Treatise on elephants
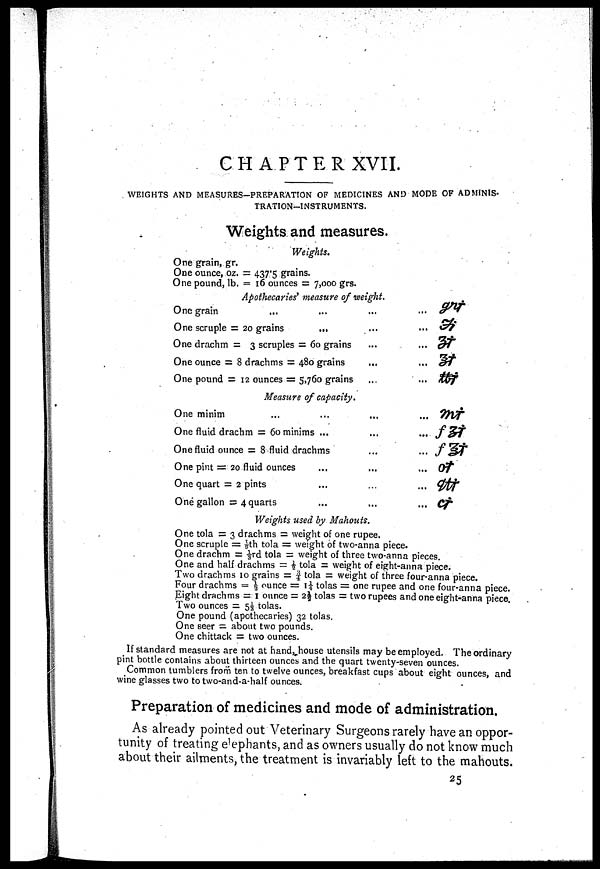
CHAPTER XVII.
WEIGHTS AND MEASURES-PREPARATION OF MEDICINES AND MODE OF ADMINIS-
TRATION-INSTRUMENTS.
Weights and measures.
Weights.
One grain, gr.
One ounce, oz. = 437·5 grains.
One pound, lb. = 16 ounces = 7,000 grs.
Apothecaries' measure of weight.
_.-. «
One grain
One scruple = 20 grains
...
One drachm = 3 scruples = 60 grains
One ounce = 8 drachms = 480 grains
One pound = 12 ounces = 5,760 grains
...
...
...
...
...
...
...
...
...
...
Measure of capacity.
One minim
One fluid drachm = 60 minims ...
One fluid ounce = 8 fluid drachms
One pint = 20 fluid ounces
One quart = 2 pints
One gallon = 4 quarts
...
...
...
...
...
...
...fst
... /st
... of
... 0tf
...
Weights used by Mahouts.
One tola = 3 drachms = weight of one rupee.
One scruple = 1/9 th tola = weight of two-anna piece.
One drachm = ⅓rd tola = weight of three two-anna pieces.
One and half drachms = ½ tola = weight of eight-anna piece.
Two drachms 10 grains = ¾ tola = weight of three four-anna piece.
Four drachms = ½ ounce = 1¼ tolas = one rupee and one four-anna piece.
Eight drachms = 1 ounce = 2½ tolas = two rupees and one eight-anna piece.
Two ounces = 5⅓ tolas.
One pound (apothecaries) 32 tolas.
One seer = about two pounds.
One chittack = two ounces.
If standard measures are not at hand, house utensils may be employed. The ordinary
pint bottle contains about thirteen ounces and the quart twenty-seven ounces.
Common tumblers from ten to twelve ounces, breakfast cups about eight ounces, and
wine glasses two to two-and-a-half ounces.
Preparation of medicines and mode of administration.
As already pointed out Veterinary Surgeons rarely have an oppor
tunity of treating elphants, and as owners usually do not know much
about their ailments, the treatment is invariably left to the mahouts.
25